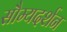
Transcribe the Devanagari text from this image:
सौम्यदर्शन